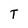
Character: T